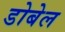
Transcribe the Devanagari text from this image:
डोबेल